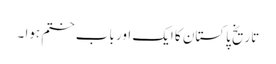
تاریخ پاکستان کا ایک اور باب ختم ہوا ۔